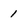
Character: 1